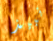
نبيذ